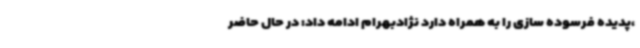
،پدیده فرسوده سازی را به همراه دارد نژادبهرام ادامه داد: در حال حاضر